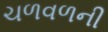
ચળવળની